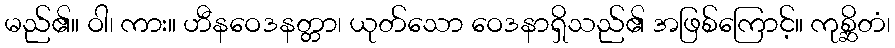
မည်၏။ ဝါ၊ ကား။ ဟီနဝေဒနတ္တာ၊ ယုတ်သော ဝေဒနာရှိသည်၏ အဖြစ်ကြောင့်။ ကုစ္ဆိတံ၊